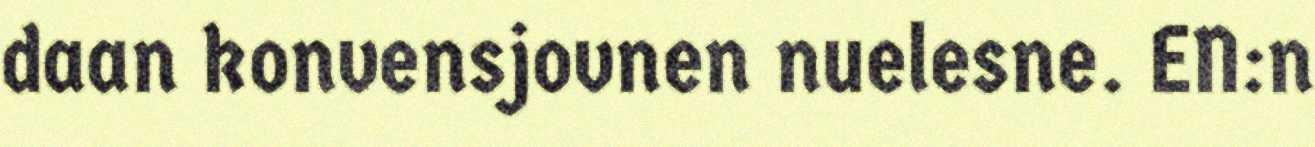
daan konvensjovnen nuelesne. EN:n